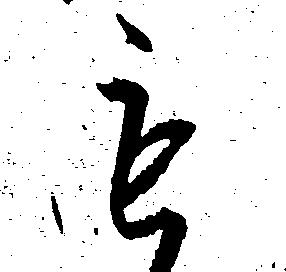
も